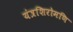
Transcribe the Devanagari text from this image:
यंत्रशिरोमणि